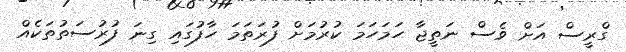
ގްރީސް އަށް ވެސް ނަތީޖާ ހަމަހަމަ ކުރުމަށް ފުރަތަމަ ހާފުގައި ގިނަ ފުރުސަތުތަކެއް